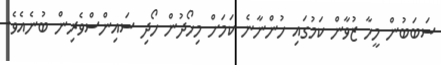
ސަބަބުން މީހާ ޒުވާން ކަމުގައި ހުންނާނެ ކަމަށް މިހޯދުން ހޯދި ސައިންސްވެރިން ބުނެއެވެ.